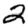
Digit: 2